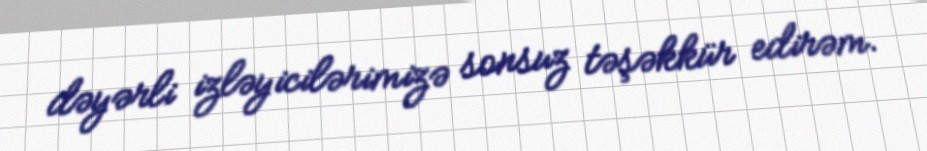
dəyərli izləyicilərimizə sonsuz təşəkkür edirəm.